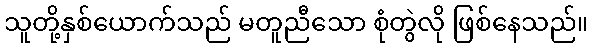
သူတို့နှစ်ယောက်သည် မတူညီသော စုံတွဲလို ဖြစ်နေသည်။